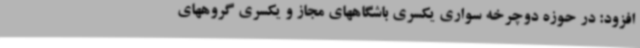
افزود: در حوزه دوچرخه سواری یکسری باشگاههای مجاز و یکسری گروههای